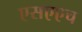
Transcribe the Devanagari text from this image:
एसएएच